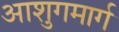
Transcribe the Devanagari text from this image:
आशुगमार्ग